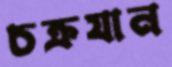
চক্রযান